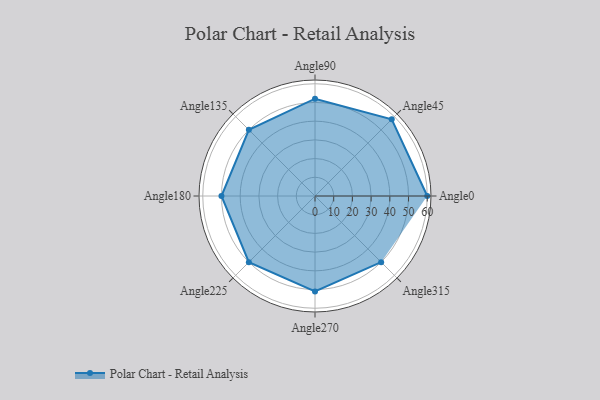
{"axis": {"x": "Angle", "y": "Radius"}, "legend": [""], "data": [{"x": "Angle0", "y": 60.0, "type": ""}, {"x": "Angle45", "y": 58.0, "type": ""}, {"x": "Angle90", "y": 52.0, "type": ""}, {"x": "Angle135", "y": 50, "type": ""}, {"x": "Angle180", "y": 50, "type": ""}, {"x": "Angle225", "y": 50, "type": ""}, {"x": "Angle270", "y": 51.0, "type": ""}, {"x": "Angle315", "y": 50.0, "type": ""}]}